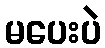
မပေးပဲ